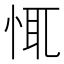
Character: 㤴